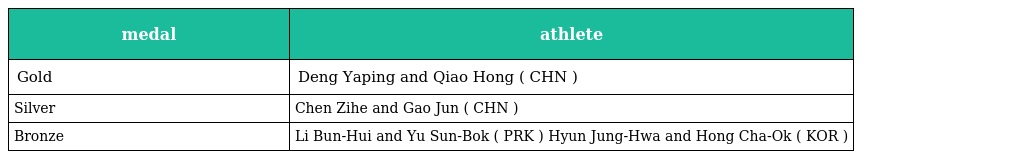
| medal | athlete |
 | --- | --- |
 | Gold | Deng Yaping and Qiao Hong ( CHN ) |
 | Silver | Chen Zihe and Gao Jun ( CHN ) |
 | Bronze | Li Bun-Hui and Yu Sun-Bok ( PRK ) Hyun Jung-Hwa and Hong Cha-Ok ( KOR ) |